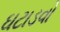
ઘટાડવો